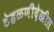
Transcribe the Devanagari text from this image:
टेहळणीदेखील